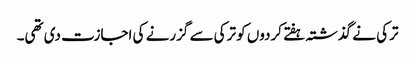
ترکی نے گذشتہ ہفتے کردوں کو ترکی سے گزرنے کی اجازت دی تھی۔